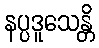
နပ္ပဒူသေန္တိ